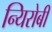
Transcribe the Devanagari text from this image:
न्यिरोबी